Medical and sanitary report of the native army of Bengal for the year
Year: 1876
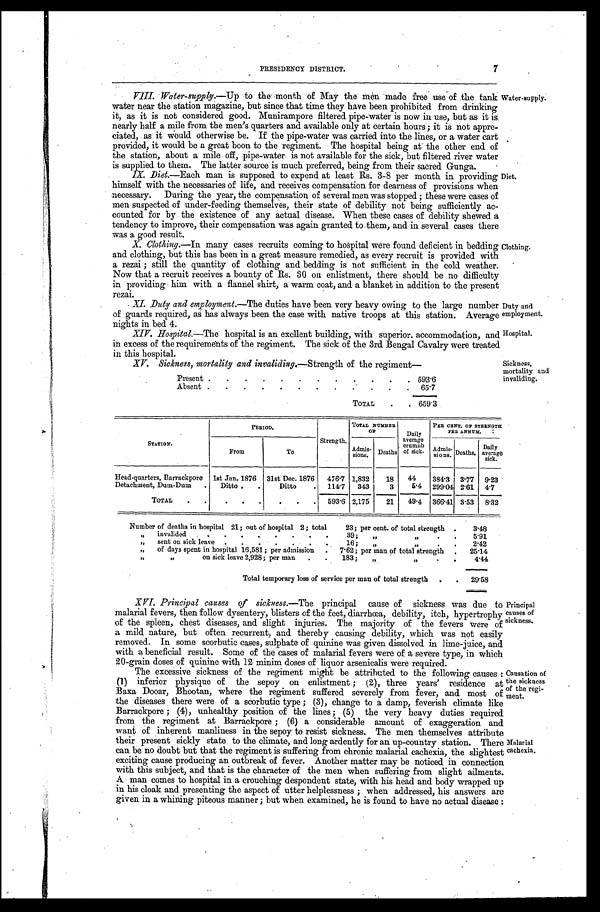
Water-supply.
Diet.
Clothing.
Duty and
employment.
Hospital.
Sickness, mortality and
invaliding.
PRESIDENCY DISTRICT.
7
VIII. Water-supply.—Up to the month of May the men made free use of the tank
water near the station magazine, but since that time they have been prohibited from drinking
it, as it is not considered good. Munirampore filtered pipe-water is now in use, but as it is
nearly half a mile from the men's quarters and available only at certain hours; it is not appre
- ciated, as it would otherwise be. If the pipe-water was carried into the lines, or a water cart
provided, it would be a great boon to the regiment. The hospital being at the other end of
the station, about a mile off, pipe-water is not available for the sick, but filtered river water
is supplied to them. The latter source is much preferred, being from their sacred Gunga.
IX. Diet.—Each man is supposed to expend at least Rs. 3-8 per month in providing
himself with the necessaries of life, and receives compensation for dearness of provisions when
necessary. During the year, the compensation of several men was stopped; these were cases of
men suspected of under-feeding themselves, their state of debility not being sufficiently ac
- counted for by the existence of any actual disease. When these cases of debility shewed a
tendency to improve, their compensation was again granted to them, and in several cases there
was a good result.
X. Clothing.—In many cases recruits coming to hospital were found deficient in bedding
and clothing, but this has been in a great measure remedied, as every recruit is provided with
a rezai; still the quantity of clothing and bedding is not sufficient in the cold weather.
Now that a recruit receives a bounty of Rs. 30 on enlistment, there should be no difficulty
in providing him with a flannel shirt, a warm coat, and a blanket in addition to the present
rezai.
XI. Duty and employment. —The duties have been very heavy owing to the large number
of guards required, as has always been the case with native troops at this station. Average
nights in bed 4.
XIV. Hospital. —The hospital is an excllent building, with superior. accommodation, and
in excess of the requirements of the regiment. The sick of the 3rd Bengal Cavalry were treated
in this hospital.
XV. Sickness, mortality and invaliding.— S t r e n g t h o f t h e r e g i m e n t —
Present
5 9 3 . 6
Absent
6 5 . 7
TOTAL
659.3
PERIOD.
Strength.
TOTAL NUMBER
OF
Daily
average
erumnb of sick.
PER CENT. OF STRENGTH
PER ANNUM.
STATION.
From
To
Admis- sions. Deaths.
Admis- sions. Deaths. Daily
average sick.
Head-quarters, Barrackpore 1st Jan. 1876 31st Dec. 1876 476.7 1,832 18 44 384.3 3.77 9 . 2 3
Detachment, Dum-Dum
Ditto
Ditto
114.7 343 3 5.4 299.04 2.61 4 . 7
TOTAL
593.6 2,175 21 49.4 366.41 3.53 8 . 3 2
Number of deaths in hospital 21; out of hospital 2; total 23; per cent. of total strength
3 . 4 8
„ invalided 39;
„ „
5 . 9 1
„ s e n t o n s i c k l e a v e 1 6 ; „ „ 2 . 4 2
„ of days spent in hospital 16,581; per admission 7.62; per man of total strength 2 5 . 1 4
„ „ on sick leave 2,928; per man 183;
„ „
4 . 4 4
Total temporary loss of service per man of total strength
2 9 . 5 8
XVI. Principal causes of sickness. —The principal cause of sickness was due to
malarial fevers, then follow dysentery, blisters of the feet, diarrhœa, debility, itch, hypertrophy
of the spleen, chest diseases, and slight injuries. The majority of the fevers were of
a mild nature, but often recurrent, and thereby causing debility, which was not easily
removed. In some scorbutic cases, sulphate of quinine was given dissolved in lime-juice, and
with a beneficial result. Some of the cases of malarial fevers were of a severe type, in which
20-grain doses of quinine with 12 minim doses of liquor arsenicalis were required.
The excessive sickness of the regiment might be attributed to the following causes:
(1) inferior physique of the sepoy on enlistment; (2), three years' residence at
Baxa Dooar, Bhootan, where the regiment suffered severely from fever, and most of
the diseases there were of a scorbutic type; (3), change to a damp, feverish climate like
Barrackpore; (4), unhealthy position of the lines; (5) the very heavy duties required
from the regiment at Barrackpore; (6) a considerable amount of exaggeration and
want of inherent manliness in the sepoy to resist sickness. The men themselves attribute
their present sickly state to the climate, and long ardently for an up-country station. There
can be no doubt but that the regiment is suffering from chronic malarial cachexia, the slightest
exciting cause producing an outbreak of fever. Another matter may be noticed in connection
with this subject, and that is the character of the men when suffering from slight ailments.
A man comes to hospital in a crouching despondent state, with his head and body wrapped up
in his cloak and presenting the aspect of utter helplessness; when addressed, his answers are
given in a whining piteous manner; but when examined, he is found to have no actual disease:
Principal
causes of
sickness.
C a u s a t i o n o f
the sickness
of the regi
- m e n t .
Malarial
cachexia.